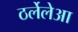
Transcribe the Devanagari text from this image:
ठर्लेलेआ